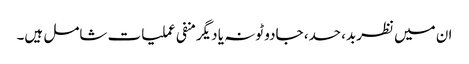
ان میں نظربد، حسد، جادو ٹونہ یا دیگرمنفی عملیات شامل ہیں۔